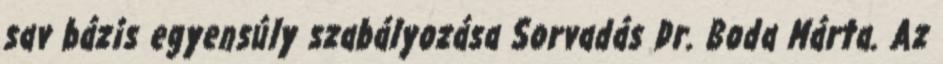
sav bázis egyensúly szabályozása Sorvadás Dr. Boda Márta. Az